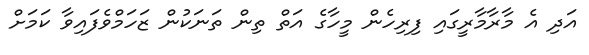
އަދި އެ މާރާމާރީގައި ފިރިހެން މީހާގެ އަތް ތިން ތަނަކުން ޒަހަމްވެފައިވާ ކަމަށް